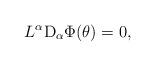
LaTeX: \begin{align*}L^\alpha{\rm D}_\alpha\Phi(\theta)=0,\end{align*}